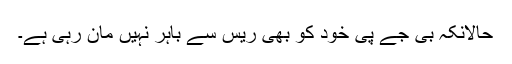
حالانکہ بی جے پی خود کو بھی ریس سے باہر نہیں مان رہی ہے۔